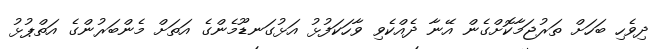
ދިވެހި ބަހަށް ތަރުޖަމާކޮށްގެން އޭނާ ދެއްކެވި ވާހަކަފުޅު އަޅުގަނޑޫމެންގެ އަތަށް މެންބަރުންގެ އަތްޕުޅު